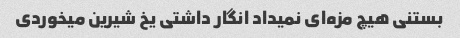
بستنی هیچ مزه‌ای نمیداد انگار داشتی یخ شیرین میخوردی